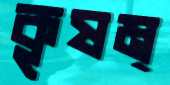
কৃষম্